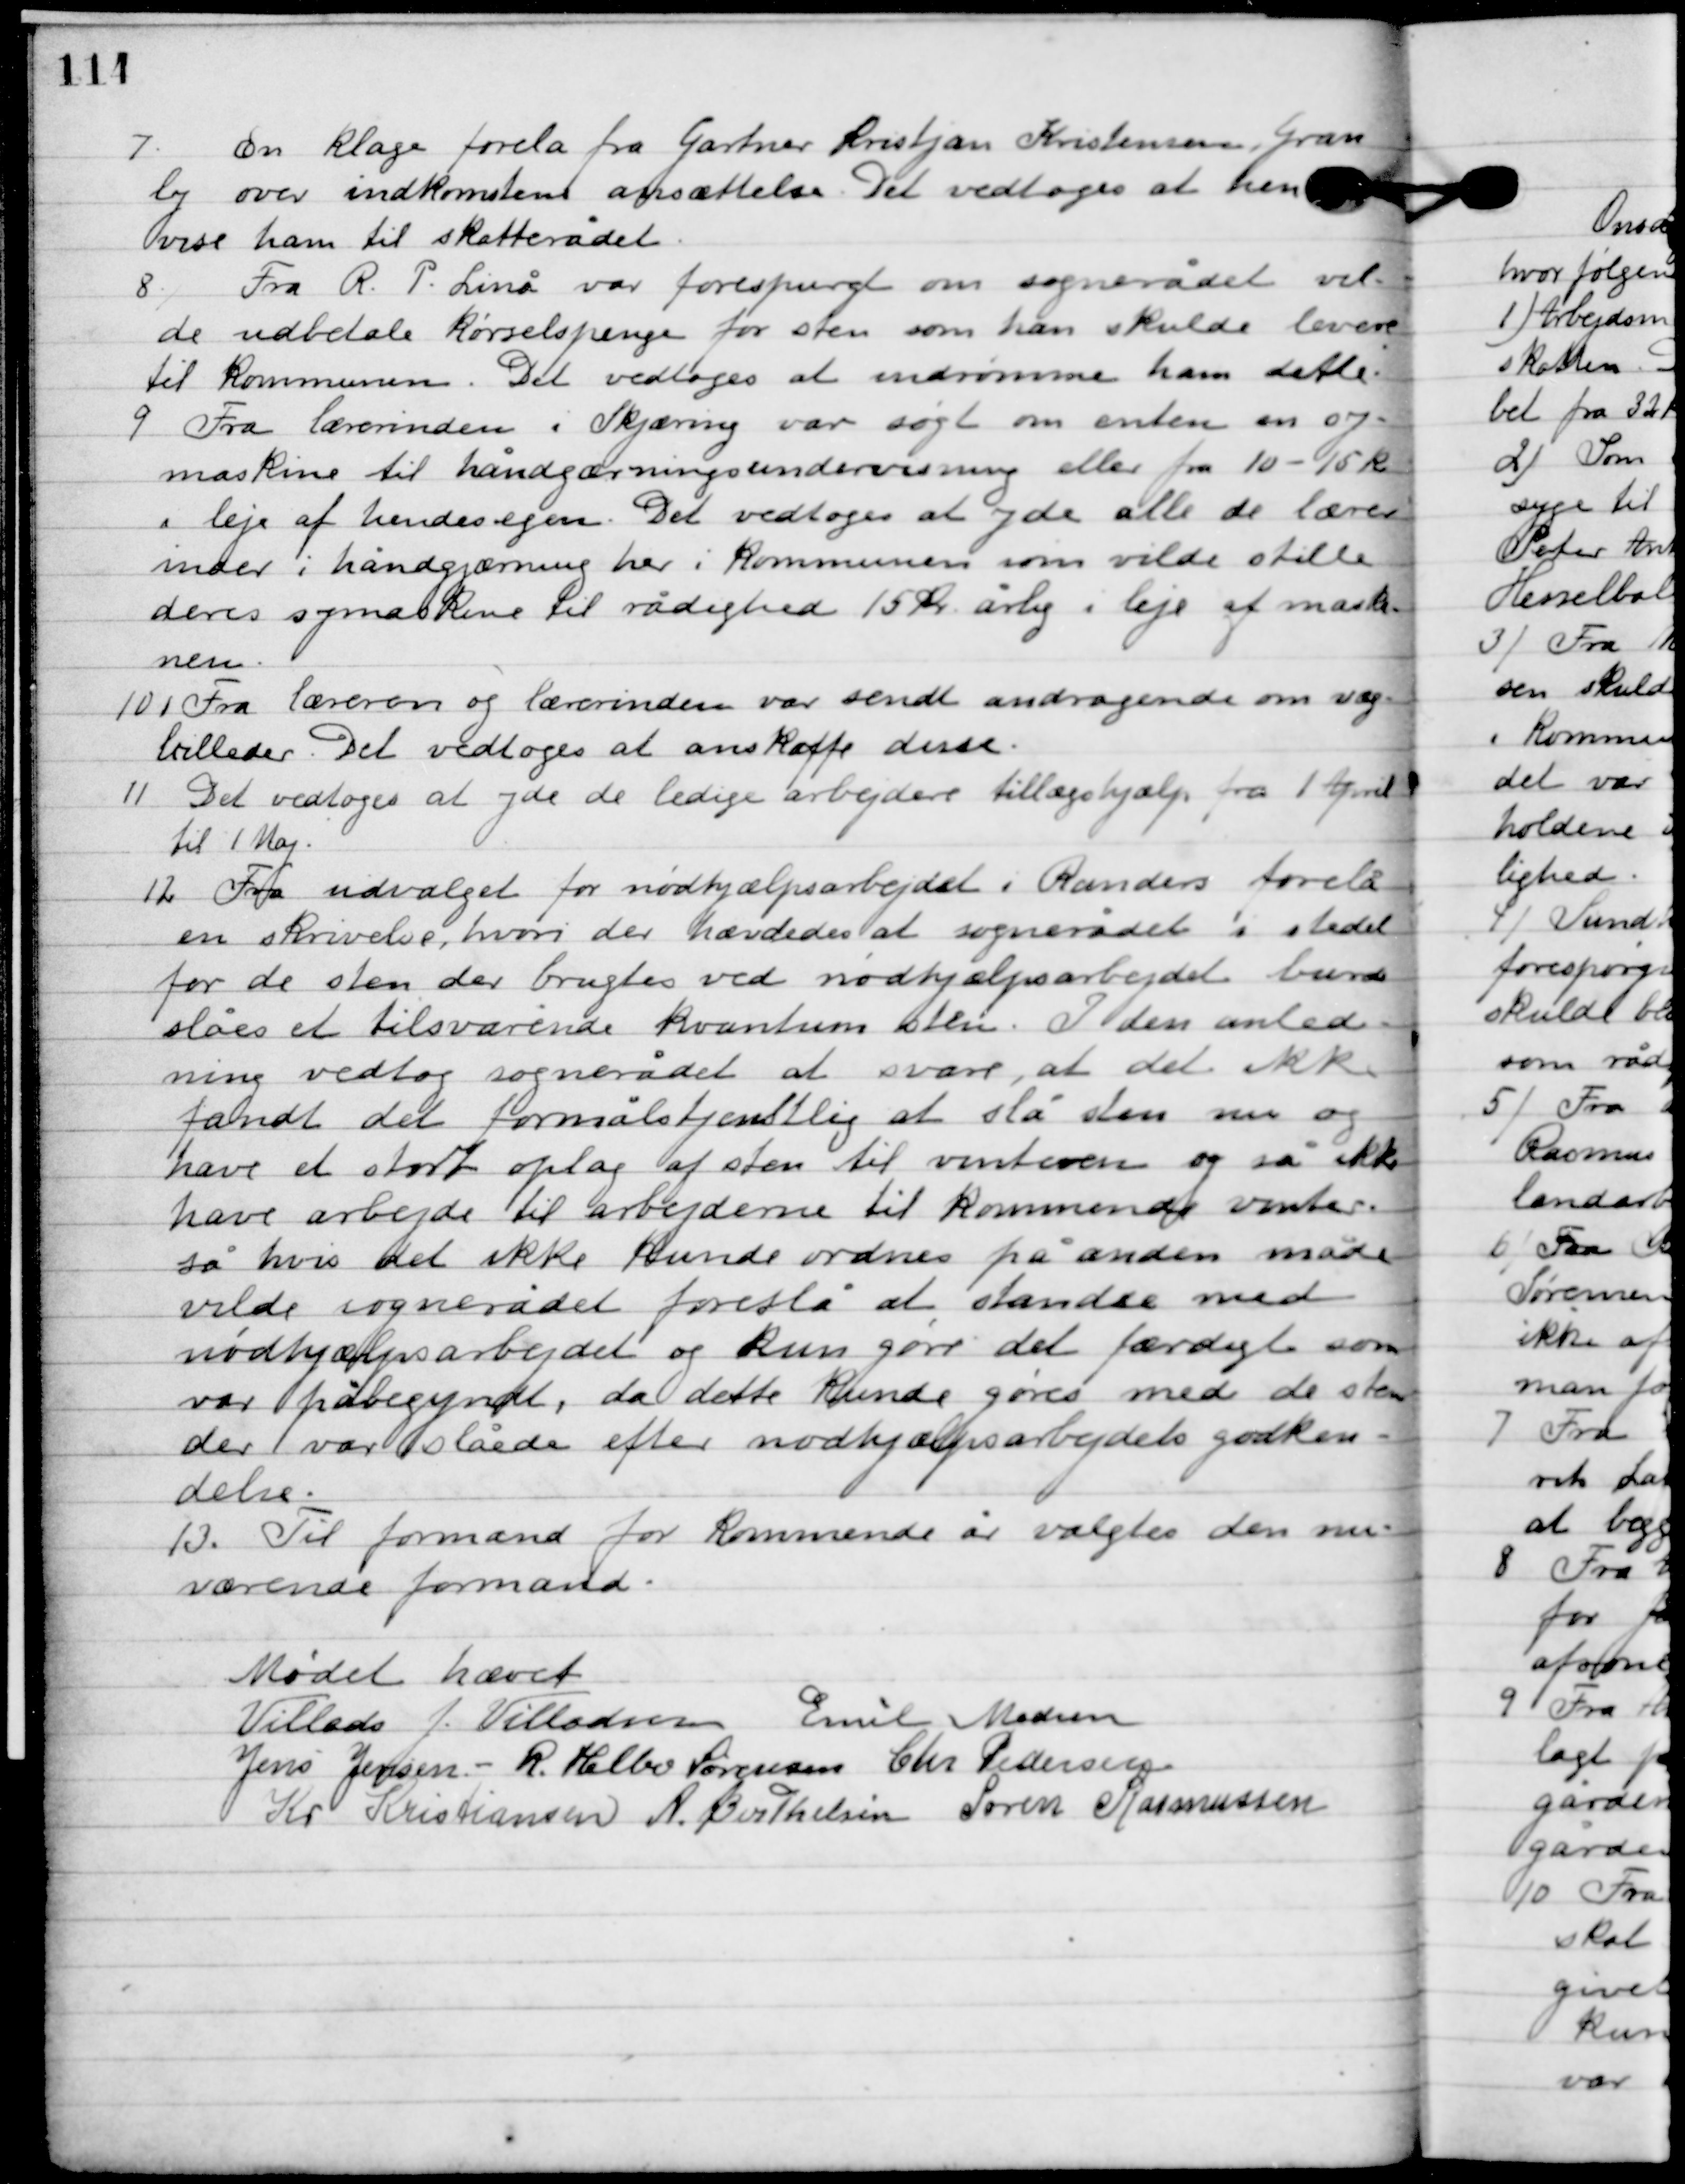
Transskription:
7

En klage forelå fra gartner Kristjan Kristensen, Gran-
ly over indkomstens ansættelse. Det vedtoges at hen-
vise ham til skatterådet.

8

Fra R. P. Linå var forespurgt om sognerådet vil-
de udbetale kørselspenge for sten som han skulde levere
til kommunen. Det vedtoges at indrømme ham dette.

9

Fra lærerinden i Skjæring var søgt om enten en sy-
maskine til håndgærningsundervisning eller fra 10-15 kr.
i leje af hendes egen. Det vedtoges at yde alle de lærer
 inden i håndgærning her i kommunen som vilde stille
deres symaskine til rådighed 15 kr. årlig i leje af maski-
nen.

10

Fra læreren og lærerinden var sendt andragende om væg-
billeder. Det vedtoges at ansikaffe disse.

11

Det vedtoges at yde de ledige arbejdere tillægshjælp fra 1. April
 til 1. Maj.

12

Fra udvalget for nødhjælpsarbejder i Rander forelå
en skrivelse, hvori der hævedes at sognerådet i stedet
for de sten der bruges ved nødhjælpsarbejder burde
slåes et tilsvarende kvantum sten. I den anled-
ning vedtog sognerådet at svare at det ikke
fandt det formålstjenlig at sål sten nu og
have et stort oplag af sten til vinteren og så ikke
have arbejde til arbejderne til kommende vinter
så hvis det ikke kunde ordnes på anden måde
vilde sognerådet foreslå at standse med
nødhjælpsarbejdet og kun gøre det færdigt som
 var påbegyndt, da dette kunde gøres med de sten
der var slåede efter nødhjælpsarbejdets godken-
delse.

13

Til formand for kommende år valgtes den nu-
værende formand.

Mødet hævet.

Villads J. Villadsen
Emil Madsen
Jens Jensen
R. Helbo Sørensen
Chr. Pedersen
Kr. Kristiansen
A. Berthelsen
Søren Rasmussen.